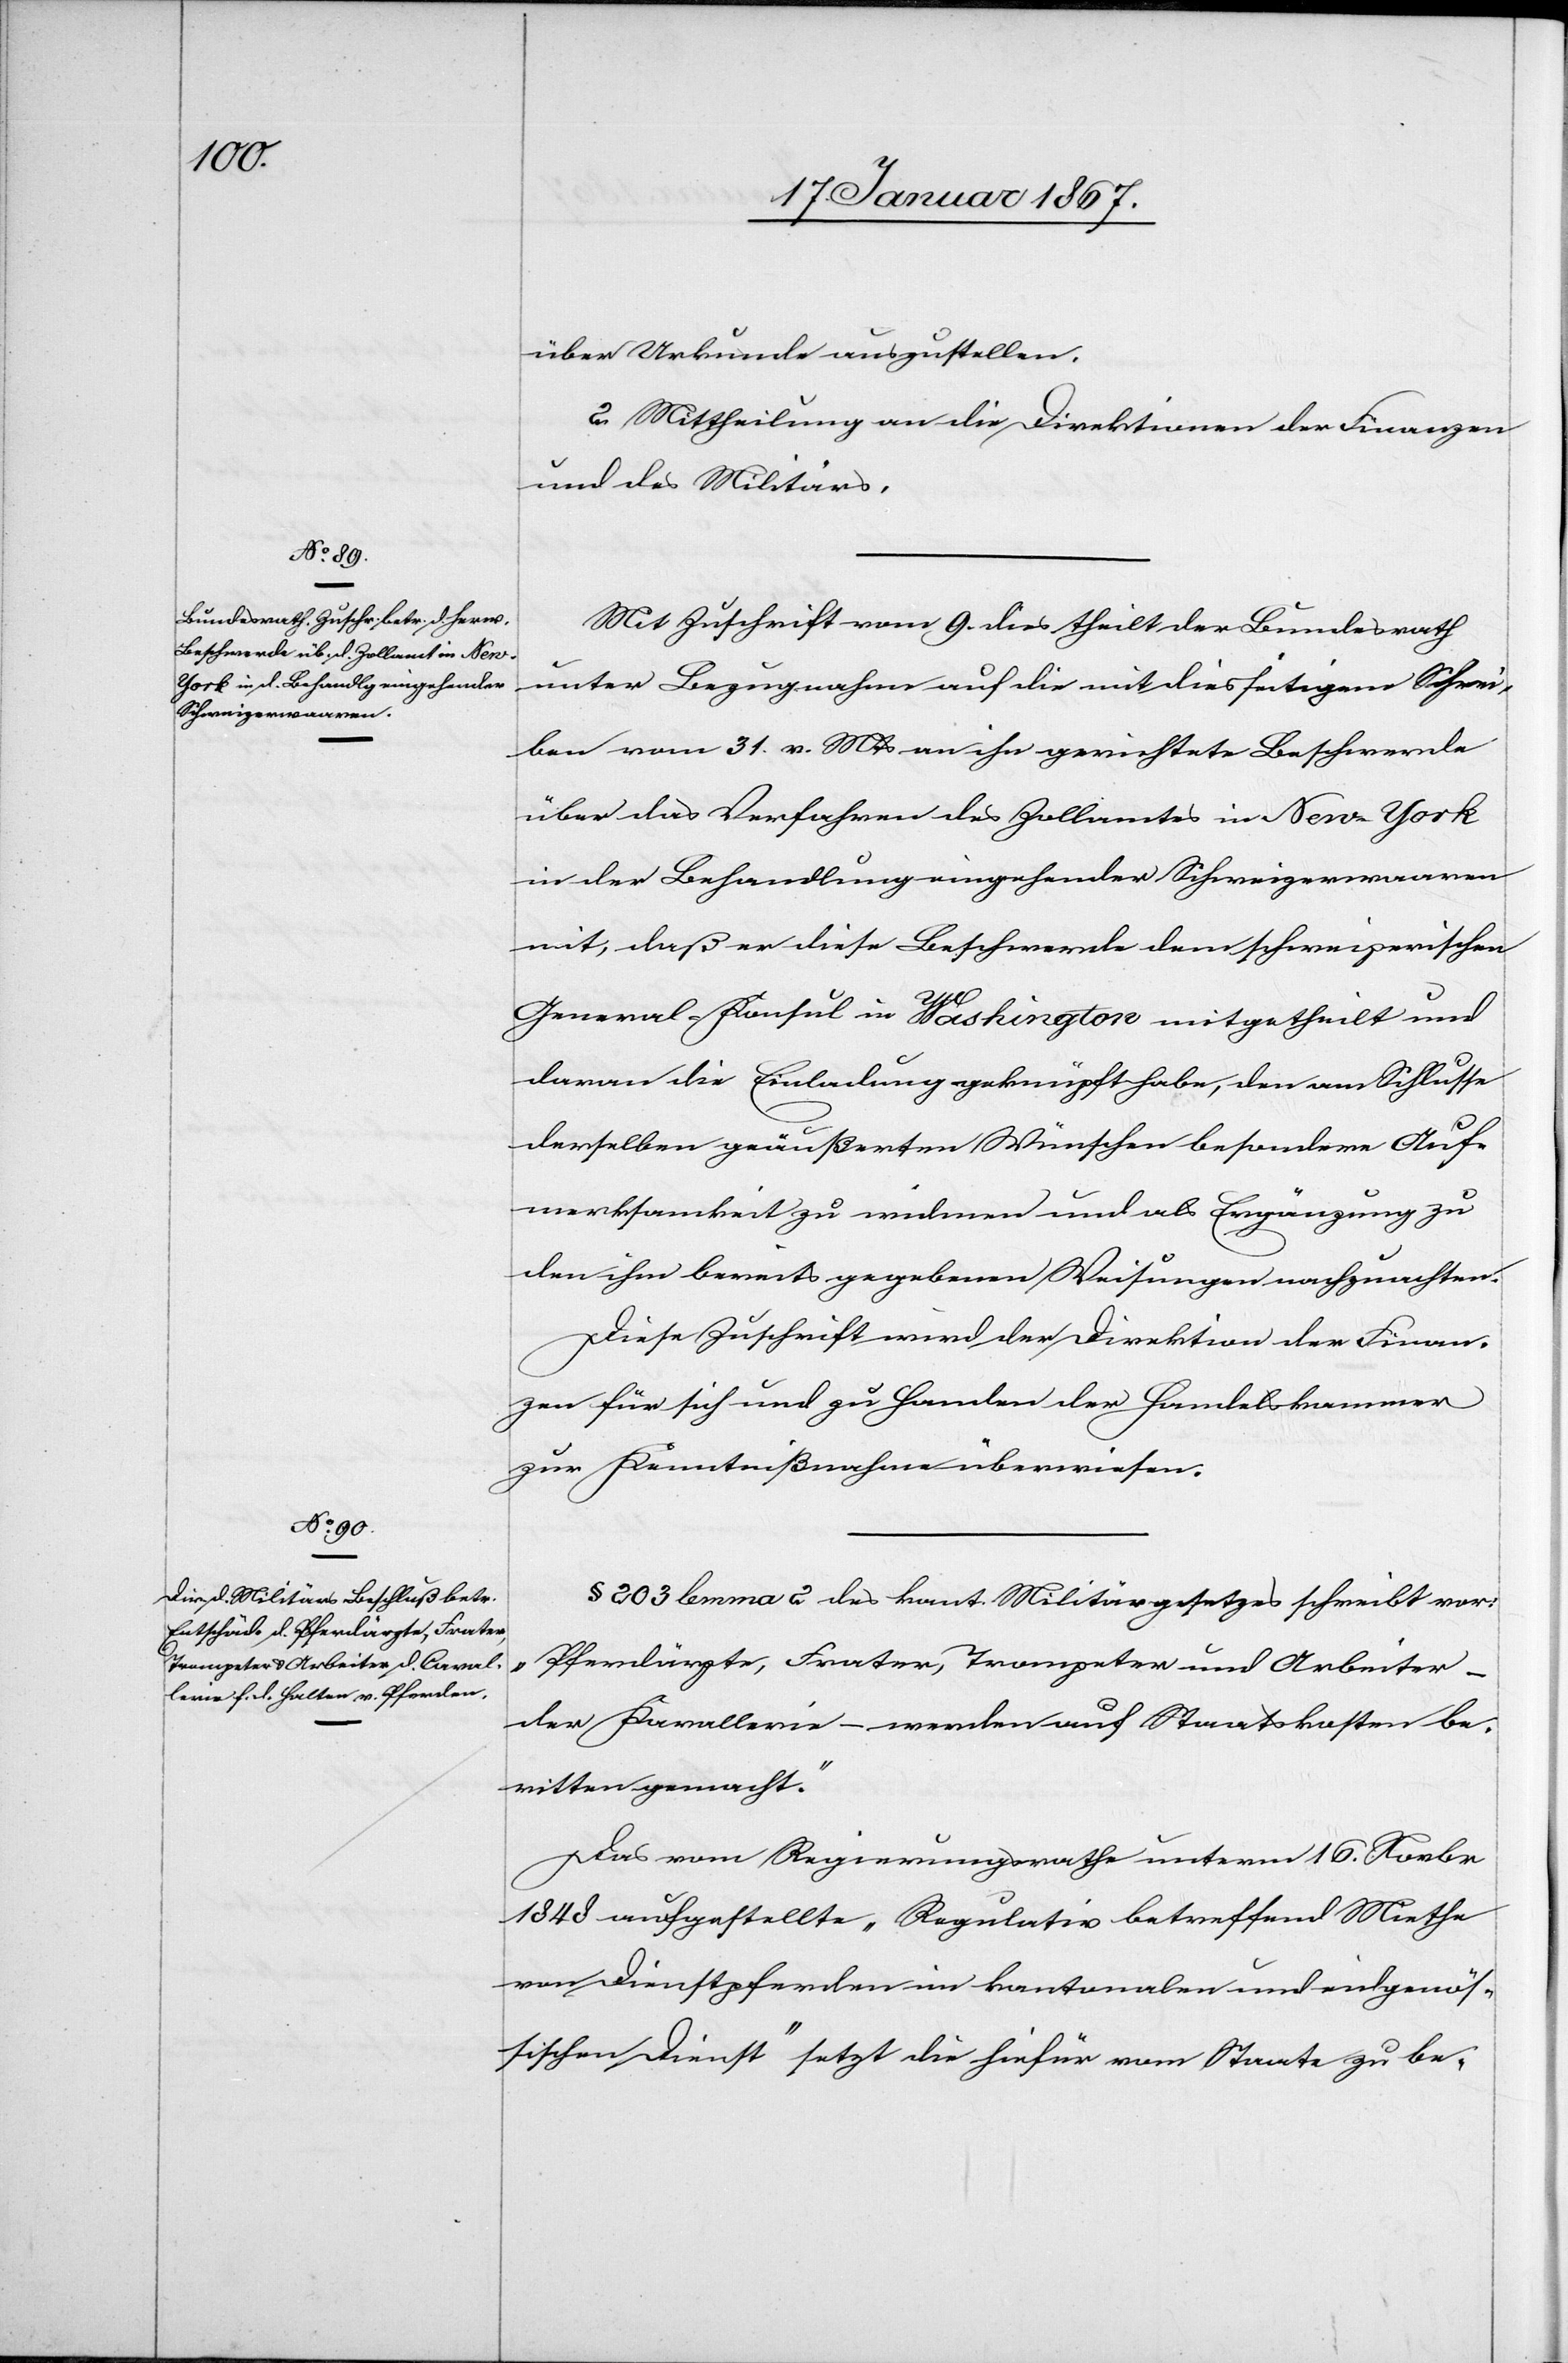
über Urkunde auszustellen.
2. Mittheilung an die Direktion der Finanzen
und des Militärs.
Mit Zuschrift vom 9. dies theilt der Bundesrath
unter Bezugnahme auf die mit diesseitigem Schrei¬
ben vom 31. v. Mts an ihn gerichtete Beschwerde
über das Verfahren des Zollamtes in New-York
in der Behandlung eingehender Schweizerwaaren
mit, daß er diese Beschwerde dem schweizerischen
General-Konsul in Washington mitgetheilt und
daran die Einladung geknüpft habe, den am Schlusse
derselben geäußerten Wünschen besondere Auf¬
merksamkeit zu widmen und als Ergänzung zu
den ihm bereits gegebenen Weisungen nachzuachten.
Diese Zuschrift wird der Direktion der Finan¬
zen für sich und zu Handen der Handelskammer
zur Kenntnißnahme überwiesen.
§ 203 lemma 2 des kant. Militärgesetzes schreibt vor:
„Pferdärzte, Frater, Trompeter und Arbeiter –
der Kavallerie – werden auf Staatskosten be¬
ritten gemacht.“
Das vom Regierungsrathe unterm 16. Novbr
1848 aufgestellte „Regulativ betreffend Miethe
von Dienstpferden im kantonalen und eidgenös¬
sischen Dienst“ setzt die hiefür vom Staate zu be-